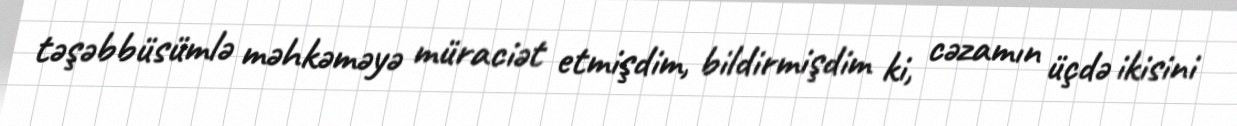
təşəbbüsümlə məhkəməyə müraciət etmişdim, bildirmişdim ki, cəzamın üçdə ikisini